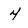
Character: 4